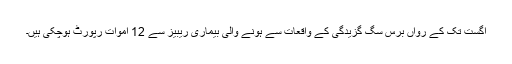
اگست تک کے رواں برس سگ گزیدگی کے واقعات سے ہونے والی بیماری ریبیز سے 12 اموات رپورٹ ہوچکی ہیں۔